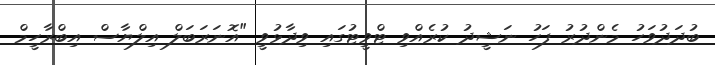
ބުދަދުވަހު މެންދުރު ފަހު ނަޝީދު ކުރެއްވި ޓްވީޓުގައި ވިދާޅުވީ "އޮނަރަބަލް އިލްޔާސް އިބްރާހީމް